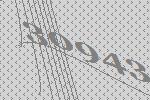
30943